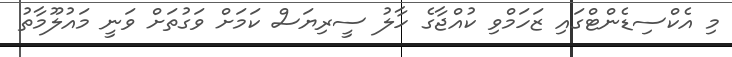
މި އެކްސިޑެންޓްގައި ޒަހަމްވި ކުއްޖާގެ ހާލު ސީރިޔަސް ކަމަށް ވަގުތަށް ވަނީ މައުލޫމާތު